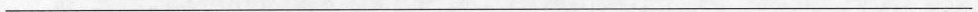
___